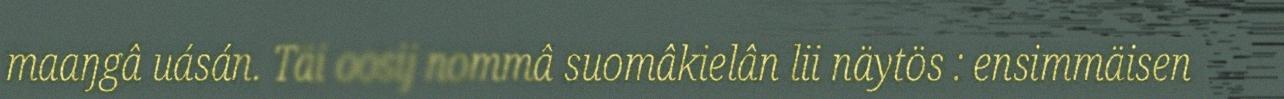
maaŋgâ uásán. Täi oosij nommâ suomâkielân lii näytös : ensimmäisen